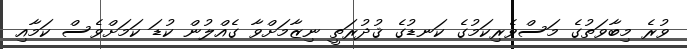
ވުރެ މިބާވަތުގެ މަސްވެރިކަމުގެ ކަނޑުގެ ޤުދުރަތީ ނިޒާމަށްވާ ގެއްލުން ކުޑަ ކަމަށްވެސް ކަމާއި